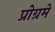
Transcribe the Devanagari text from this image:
प्रोग्रमे